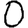
Digit: 0